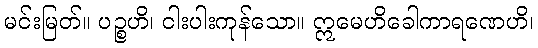
မင်းမြတ်။ ပဉ္စဟိ၊ ငါးပါးကုန်သော။ ဣမေဟိခေါကာရဏေဟိ၊